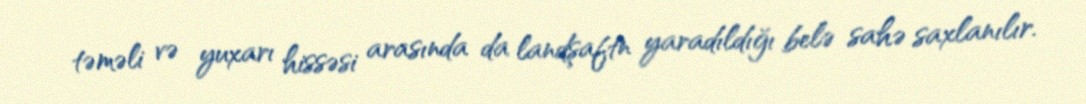
təməli və yuxarı hissəsi arasında da landşaftn yaradıldığı belə sahə saxlanılır.